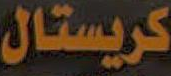
كريستال